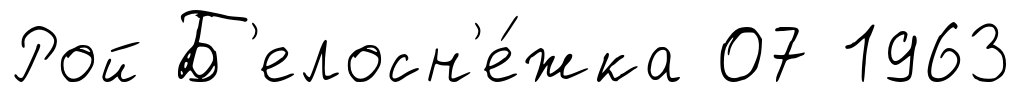
Рой Б'елосн'е́жка 07 1963